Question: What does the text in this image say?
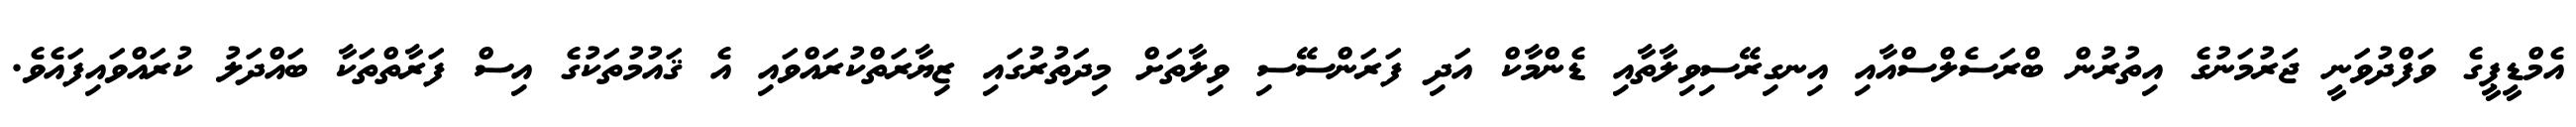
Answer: އެމްޑީޕީގެ ވަފްދުވަނީ ޖަރުމަނުގެ އިތުރުން ބްރަސެލްސްއާއި އިނގިރޭސިވިލާތާއި ޑެންމާކް އަދި ފަރަންސޭސި ވިލާތަށް މިދަތުރުގައި ޒިޔާރަތްކުރައްވައި އެ ޤައުމުތަކުގެ އިސް ފަރާތްތަކާ ބައްދަލު ކުރައްވައިފައެވެ.